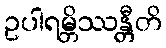
ဥပါရမ္ဘိဿန္တီတိ